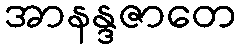
အာနန္ဒဇာတေ